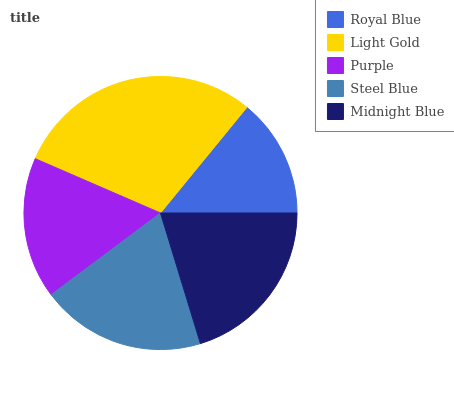
| Royal Blue | Light Gold | Purple | Steel Blue | Midnight Blue |
 | --- | --- | --- | --- | --- |
 | 14.1% | 29.4% | 16.7% | 19.6% | 20.2% |